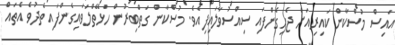
އައިސް މުސްކާން ކައިރިއަށް ޖެހިގެންފައި ސިއްސުވާލައިފިއެވެ. މުސްކާން ގަތްބިރުން ހަޅޭތްލަވައިގެންފައި ތެދުވެ އެތައް